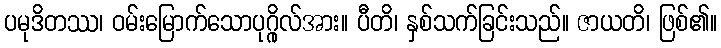
ပမုဒိတဿ၊ ဝမ်းမြောက်သောပုဂ္ဂိုလ်အား။ ပီတိ၊ နှစ်သက်ခြင်းသည်။ ဇာယတိ၊ ဖြစ်၏။